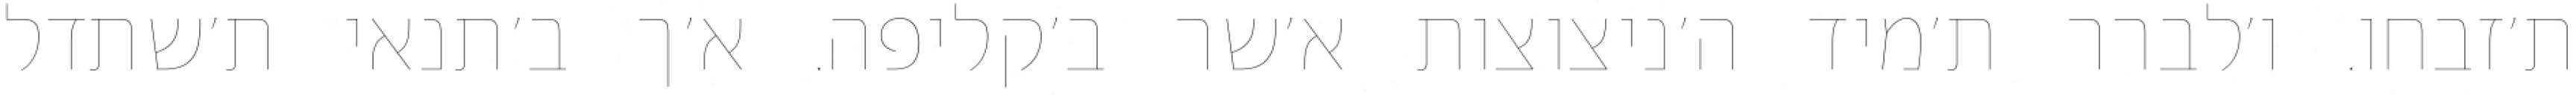
ת׳זבחו. ו׳לברר ת׳מיד ה׳ניצוצות א׳שר ב׳קליפה. א׳ך ב׳תנאי ת׳שתדל